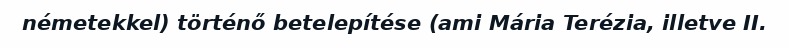
németekkel) történő betelepítése (ami Mária Terézia, illetve II.